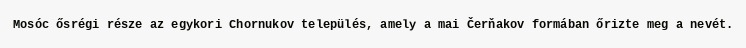
Mosóc ősrégi része az egykori Chornukov település, amely a mai Čerňakov formában őrizte meg a nevét.